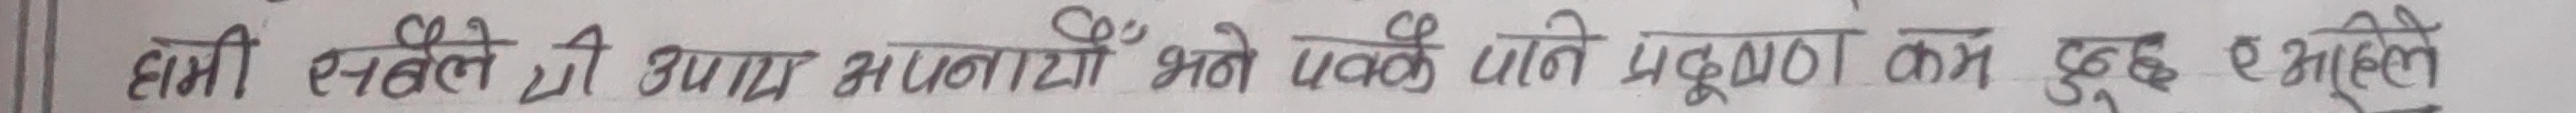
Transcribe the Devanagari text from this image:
हामी सबैले ठिक उपचार अपनायो भने पक्कै पनि प्रदूषण कम हुदै आइन्छ ।